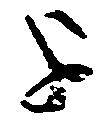
を